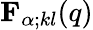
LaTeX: {\mathbf{F}}_{\alpha;kl}(q)